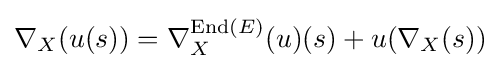
\nabla _{X}(u(s))=\nabla _{X}^{\operatorname {End} (E)}(u)(s)+u(\nabla _{X}(s))